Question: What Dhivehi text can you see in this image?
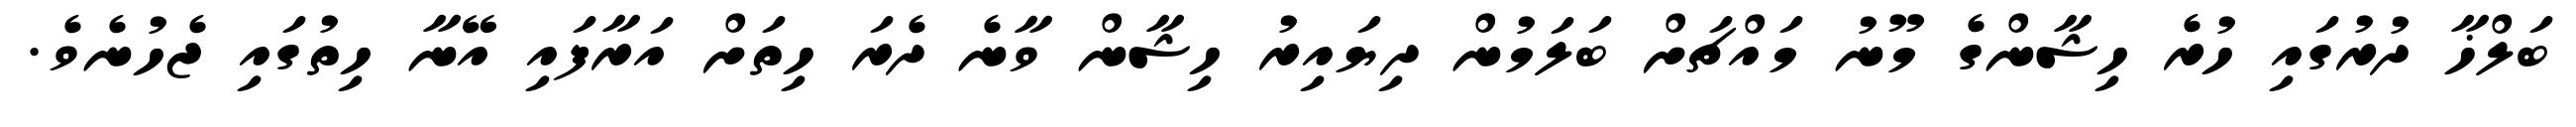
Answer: ބަލްޚާ ދުރުގައި ހުރެ ހިޝާންގެ މޫނު މައްޗަށް ބަލަމުން ދިޔައިރު ހިޝާން ވާނެ ދެރަ ހިތަށް އަރާފައި އޭނާ ހިތުގައި ޖެހުނެވެ.